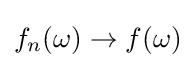
f_{n}(\omega )\to f(\omega )